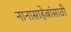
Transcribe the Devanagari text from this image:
नानासाहेबांसाठी